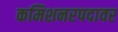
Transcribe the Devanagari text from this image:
कमिशनरपदावर